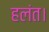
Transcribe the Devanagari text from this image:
हलंत।